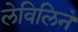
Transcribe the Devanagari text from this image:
लेविलिन